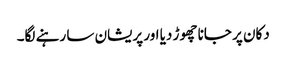
دکان پر جانا چھوڑ دیا اور پریشان سا رہنے لگا۔